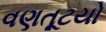
વણતૂટયો